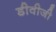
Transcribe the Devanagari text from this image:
डीवीजी